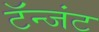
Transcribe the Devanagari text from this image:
टॅन्जंट